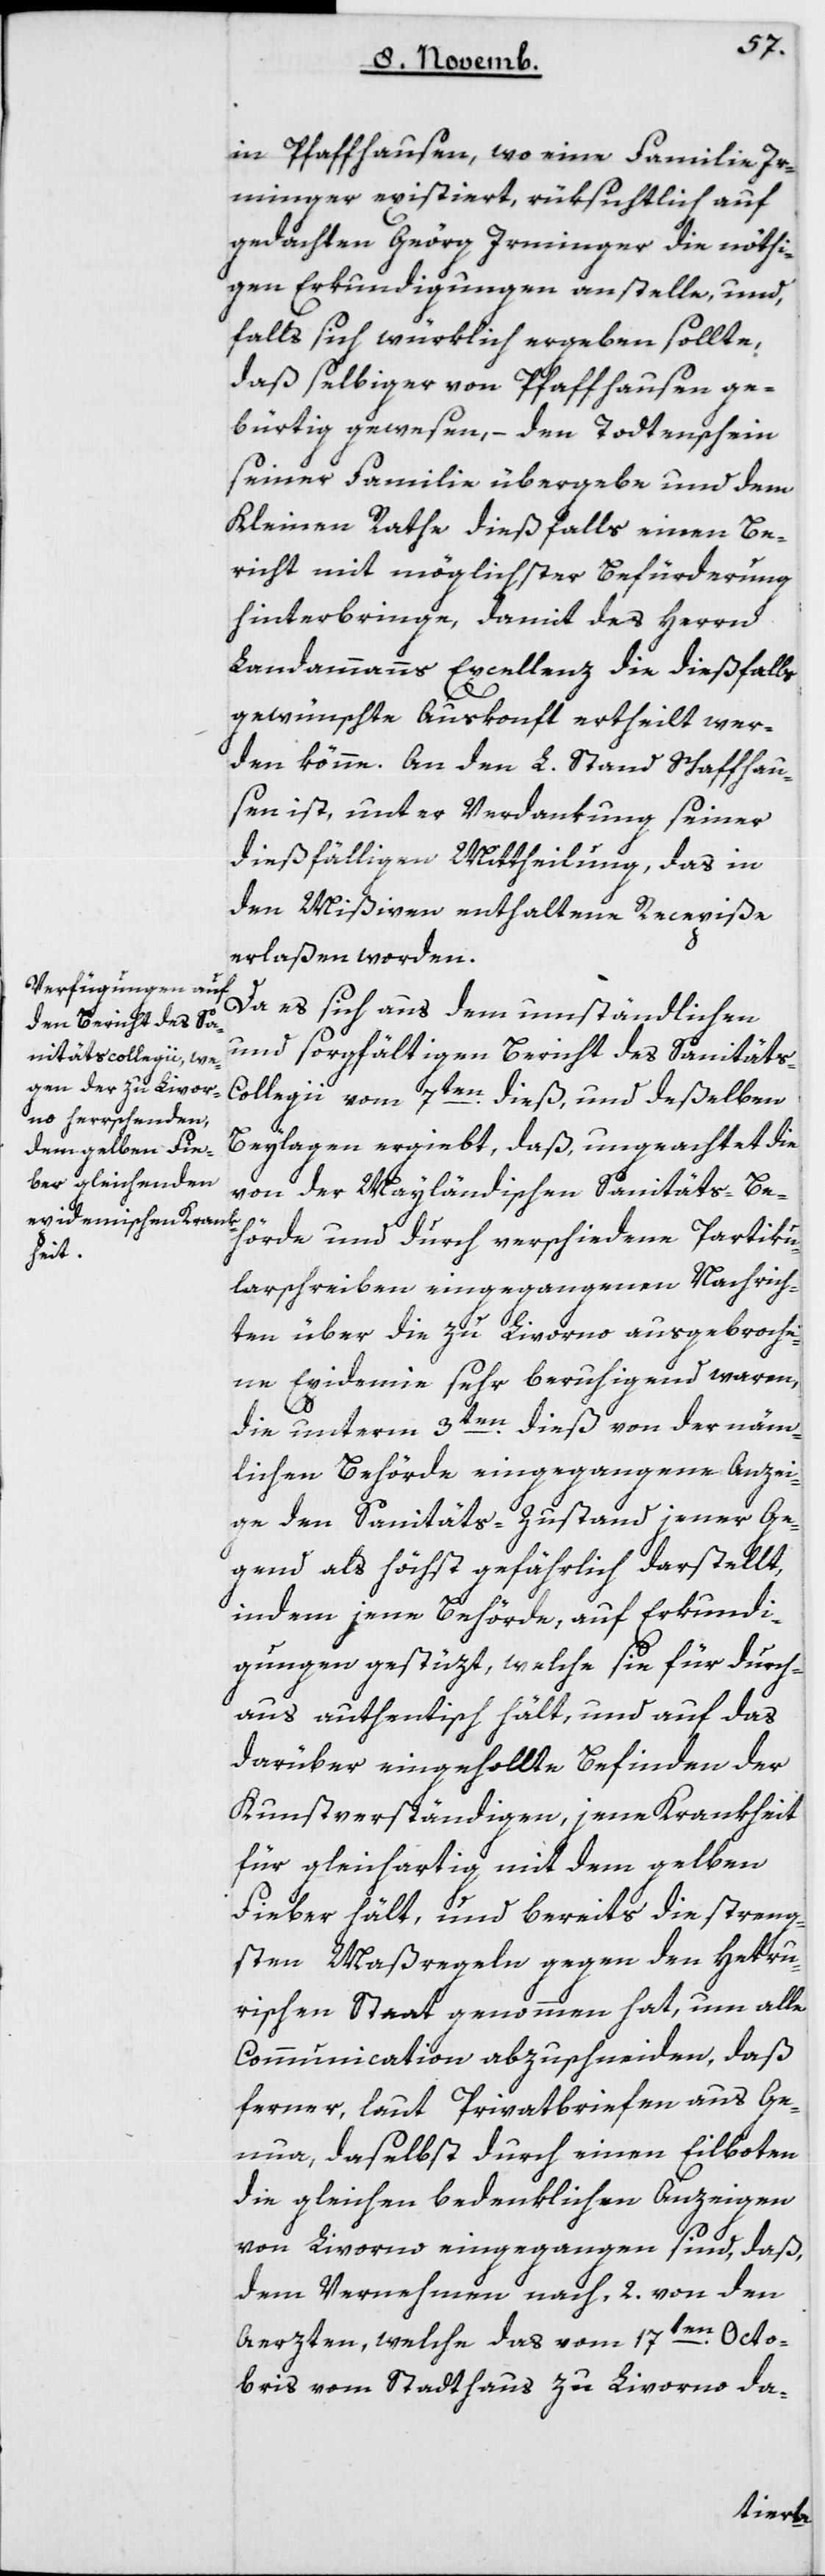
in Pfaffhausen, wo eine Familie Ir¬
minger existiert, rüksichtlich auf
gedachten Geörg Irminger die nöthi¬
gen Erkundigungen anstelle, und
falls sich würklich ergeben sollte,
daß selbiger von Pfaffhausen ge¬
bürtig gewesen, – den Todtenschein
seiner Familie übergebe und dem
Kleinen Rathe dießfalls einen Be¬
richt mit möglichster Befürderung
hinterbringe, damit des Herrn
Landammanns Excellenz die dießfalls
gewünschte Auskonft ertheilt wer¬
den könne. An den L. Stand Schaffhau¬
sen ist, unter Verdankung seiner
dießfälligen Mittheilung, das in
den Mißiven enthaltene Recepiße
erlaßen worden.
Da es sich aus dem umständlichen
und sorgfältigen Bericht des Sanitäts-C¬
ollegii vom 7ten dieß, und deßelben
Beylagen ergiebt, daß ungeachtet die
von der Mayländischen Sanitäts-Be¬
hörde und durch verschiedene Partiku¬
larschreiben eingegangenen Nachrich¬
ten über die zu Livorno ausgebroche¬
ne Epidemie sehr beruhigend waren,
die unterm 3ten dieß von der näm¬
lichen Behörde eingegangene Anzei¬
ge den Sanitäts-Zustand jener Ge¬
gend als höchst gefährlich darstellt,
indem jene Behörde, auf Erkundi¬
gungen gestüzt, welche sie für durch¬
aus authentisch hält, und auf das
darüber eingeholte Befinden der
Kunstverständigen, jene Krankheit
für gleichartig, mit dem gelben
Fieber hält, und bereits die streng¬
sten Maßregeln gegen den Hetru¬
rischen Staat genommen hat, um alle
Communication abzuschneiden, daß
ferner, laut Privatbriefen aus Ge¬
nua, daselbst durch einen Eilboten
die gleichen bedenklichen Anzeigen
von Livorno eingegangen sind, daß
dem Vernehmen nach, zwey von den
Ärzten, welche das vom 17ten Octo¬
bris vom Stadthaus zu Livorno da-